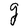
Character: g